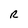
Character: R